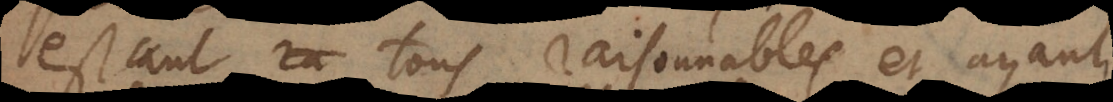
estant tous raisonnables et ayant